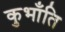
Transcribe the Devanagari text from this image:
कुभाँति